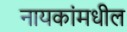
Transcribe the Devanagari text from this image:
नायकांमधील